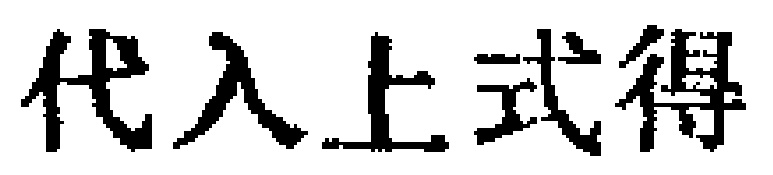
代入上式得